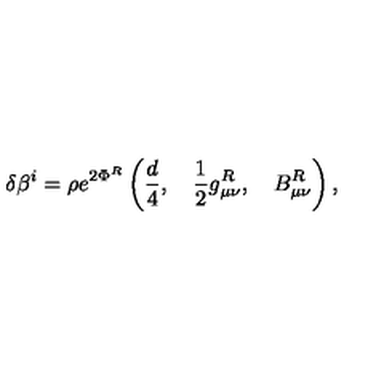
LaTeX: \delta \beta ^ { i } = \rho e ^ { 2 \Phi ^ { R } } \left( \frac { d } { 4 } , \quad \frac { 1 } { 2 } g _ { \mu \nu } ^ { R } , \quad B _ { \mu \nu } ^ { R } \right) , \,